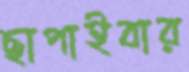
ছাপাইবার